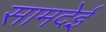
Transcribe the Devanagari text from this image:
सामदेई